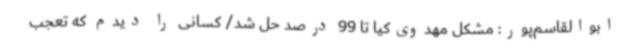
ابوالقاسم‌پور: مشکل مهدوی‌کیا تا 99 درصد حل شد/ کسانی را دیدم که تعجب